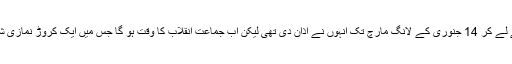
23 دسمبر سے لے کر 14 جنوری کے لانگ مارچ تک انہوں نے اذان دی تھی لیکن اب جماعت انقلاب کا وقت ہو گا جس میں ایک کروڑ نمازی شریک ہوں گے۔